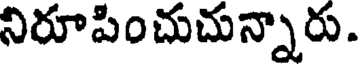
నిరూపించుచున్నారు.